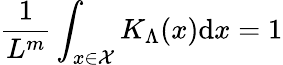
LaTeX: \frac{1}{L^{m}}\int_{x\in{\cal{X}}}K_{\Lambda}(x)\mathrm{d}x=1